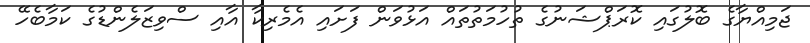
ޖަމިއްޔާގެ ބޮލުގައި ކޮރަޕްޝަނުގެ ތުހުމަތުތައް އަޅުވަން ފަށައި އެމެރިކާ އާއި ސްވިޒަލެންޑުގެ ކަމާބެހޭ